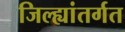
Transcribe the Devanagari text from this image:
जिल्ह्यांतर्गत